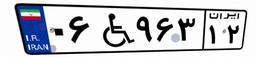
۰۶W۹۶۳۱۲